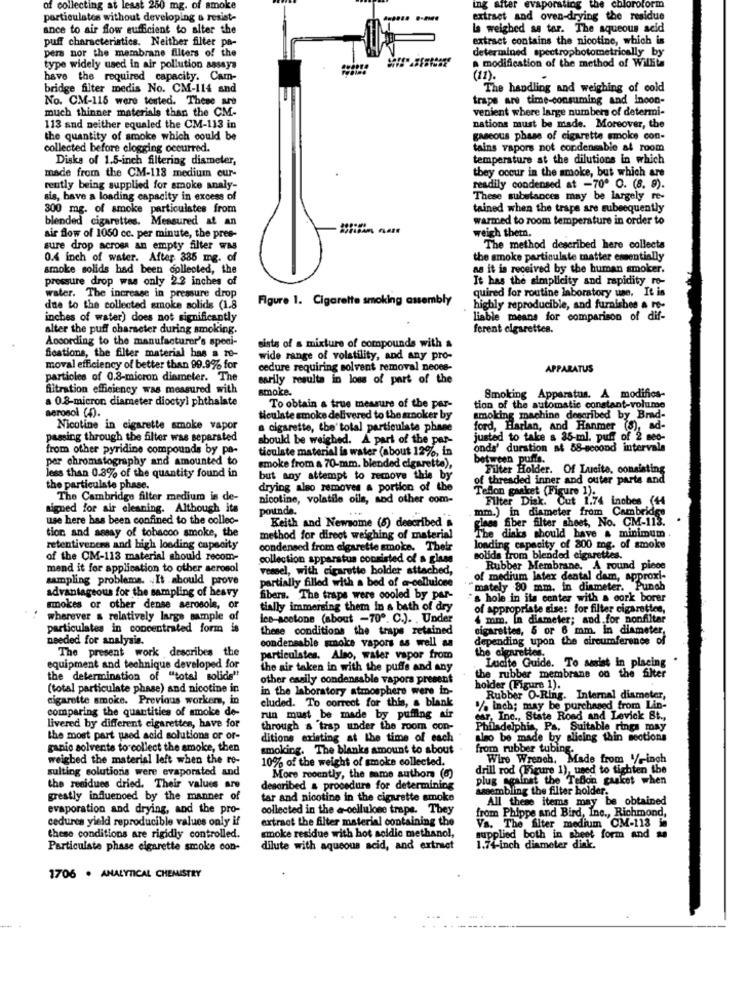
of collecting at least 250 mg. of smoke
ing after evaporating the chloroform
particulates without developing o resist-
extraet and oven-drying the residue
ance to air flow sufficient to alter the
La weighed sa tor. The aqueous acid
puff characteristics. Neither filter pa-
extract contains the nicotine, which is
pers nor the membrane filters of the
determined spectrophotometrically by
type widely used in air pollution assays
a modification of the method of Willits
have the required capacity. Cam-
(11).
bridge filter medis No. CM-114 and
The handling and weighing of cold
No. CM-115 were tested. These are
traps are time-consuming and inoon-
much thinner materials than the CM-
venient where large numbers of determi-
113 and neither equaled the CM-113 in
nations must be made. Moreover, the
the quantity of smoke which could be
gascous phase of cigarette smoke con-
collected before clogging occurred.
tains vapors not condensable al room
Disks of 1.5-inch filtering diameter,
temperature at the dilutions in which
they occur in the smoke, but which are
made from the CM-118 medium eur-
rently being supplied for smoke analy-
readily condensed at -70º O. (8. 9).
sis, have a loading capacity in excess of
These substances may be largely re-
300 mg. of smoke particulates from
tained when the trape are subsequently
blended cigarettes. Measured at an
warmed to room temperature in order to
air flow of 1050 cc. per minute, the pree-
weigh thetn.
sure drop across an empty filter was
The method described here collects
0.4 inch of water. After 385 mg. of
the smoke particulate matter essentially
smoke solids had been collected, the
as it is received by the human smoker.
pressure drop was only 2.2 inches of
It has the simplicity and rapidity ro-
quired for routine laboratory une, It is
water. The increase in pressure drop
Figure 1. Cigarette smoking assembly
due to the collected smoke solids (1.8
highly reproducible, and furnishes a re-
inches of water) does not significantly
liable means for comparison of dif-
alter the puff charseter during smoking.
ferent cigarettes.
According to the manufacturer's speci-
sists of a mixture of compounds with a
fications, the filter material has a re-
wide range of volatility, and any pro-
moval efficiency of better than 99.9% for
cedure requiring solvent removal neces-
APPARATUS
particles of 0.8-micron diameter. The
sarily resulta in loss of part of the
filtration efficiency was measured with
smoke.
Smoking Apparatus. A modifica-
a 0.8-micron diameter dioctyl phthalate
aerosol (4).
To obtain a true measure of the per-
tion of the automatic constant-volume
Hiculate smoke delivered to the smoker by
smoking machine described by Brad-
Nicotine in cigarette smoke vapor
a cigarette, the'total particulate phase
ford, Harlan, and Hanmer (8), ad-
passing through the filter was separated
should be weighed. A part of the par-
justed to take a 35-ml. puff of 2 meo-
from other pyridine compounds by pa-
ticulste material is water (about 12%, in
onds' duration af 88-second intervals
per chromatography and amounted to
between puns.
smoke from a 70-mm. blended cigarette),
Filter Holder. Of Lucite, consisting
less than 0.3% of the quantity found in
but any attempt to remove this by
of threaded inner and outer parts and
the particulate phase.
drying also removes a portion of the
The Cambridge filter medium is de-
nicotine, volatile oils, sod other com-
Teflon gasket (Figure 1).
Filter Disk. Cut 1.74 inobes (44
signed for air cleaning. Although its
pounde.
use here has been confined to the collec-
Keith and Newsome (8) described
mm.) in diameter from Cambridge
.
glass fiber filter sheet, No. CM-113.
tion and assay of tobacco smoke, the
method for direct weighing of material
The disks should have & minimum
retentiveners and high loading capacity
condensed from cigarette smoke. Their
loading capacity of 800 mg. of smoke
of the CM-113 material should recom-
collection apparatus consisted of a glass
solids from blended cigarettes.
mend it for application to other aerosol
vessel, with cigarette bolder attached,
Rubber Membrane, A round piece
sampling problems. . It should prove
of medium latex dental dam, approxi-
advantageous for the sampling of heavy
partially filled with a bed of arcellulose
"mately 80 mm. in diameter. Punch
fibers. The traps were cooled by par-
a hole in its center with a cork borer
smokes or other dense aerosole, or
tially immersing them in a bath of dry
of appropriate sise: for filter cigarettes,
wherever a relatively large sample of
les-acetone (about -70º. C.). . Under
4 mm. In diameter; and for nonfilter
particulates in concentrated form is
these conditions the traps retained
cigarettes, 5 or 6 mm. in diameter
needed for analysis.
depending upon the circumference of
condensable smoke vapors as well as
The present work describes the
particulates. Also, water vapor from
the cigarettes.
equipment and technique developed for
the air taken in with the puffe and any
Lucite Guide. To assist In placing
the determination of "total solid"
other easily condensable vapora present
the rubber membrane on the filter
(total particulate phase) and nicotine in
in the laboratory atmosphere were in-
holder (Figure 1).
cigarette smoke. Previous worker, in
Rubber O-Ring. Internal diameter,
comparing the quantities of smoke de-
cluded. To correct for this, a blank
. inch; may be purchased from Lin-
run must be made by puffing air
Mar, Inc ., State Road and Levick St .,
Livered by different cigarettes, have for
through a trap under the room con-
Philadelphia, Pa, Suitable rings may
the most part used acid solutions or or-
ditions existing at the time of each
also be made by slicing thin sections
ganic solvente to collect the smoke, then
smoking. The blanks amount to about .
from rubber tubing
weigbed the material left when the re-
10% of the weight of smoke collected.
Wire Wrench, Made from 1/-inch
sulting solutions were evaporated and
drill rod (Figure 1), used to tighten the
More recently, the same authors (6)
plug against the Teflon gasket when
the residues dried. Their values are
described & procedure for determining
wsembling the filter holder.
greatly influenced by the manner of
tar and nicotine in the cigarette smoke
All these items may be obtained
evaporation and drying, and the pro-
collected in the @-cellulose trape. They
from Phippe and Bird, Inc ., Richmond,
cedures yield reproducible values only if
extract the filter material containing the
smoke residue with hot soldic methanol,
Va. The filter medium CM-113 in
these conditions are rigidly controlled.
supplied both in sheet form and sa
1.74-inch diameter aPie.
Particulate phase cigarette smoke con-
dilute with aqueous acid, and extraet
1706 . ANALYTICAL CHEMISTRY